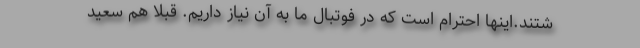
شتند.اینها احترام است که در فوتبال ما به آن نیاز داریم. قبلا هم سعید